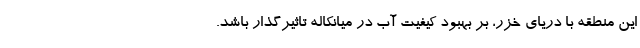
این منطقه با دریای خزر، بر بهبود کیفیت آب در میانکاله تاثیرگذار باشد.